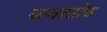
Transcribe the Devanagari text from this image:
जगत्सेठ